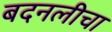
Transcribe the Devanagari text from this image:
बदनलीचा